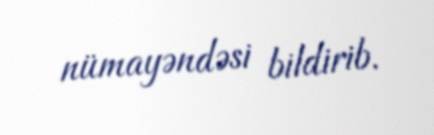
nümayəndəsi bildirib.